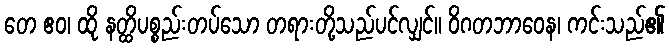
တေ ဧဝ၊ ထို နတ္ထိပစ္စည်းတပ်သော တရားတို့သည်ပင်လျှင်။ ဝိဂတဘာဝေန၊ ကင်းသည်၏